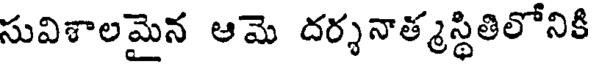
సువిశాలమైన ఆమె దర్శనాత్మస్థితిలోనికి